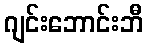
ဂျင်းဘောင်းဘီ